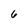
Character: 6